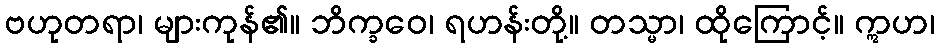
ဗဟုတရာ၊ များကုန်၏။ ဘိက္ခဝေ၊ ရဟန်းတို့။ တသ္မာ၊ ထိုကြောင့်။ ဣဟ၊